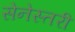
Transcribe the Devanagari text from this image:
सेनेस्तरी